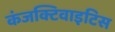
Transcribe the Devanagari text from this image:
कंजक्टिवाइटिस